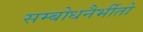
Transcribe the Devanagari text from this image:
सम्बोधनैर्भीतो